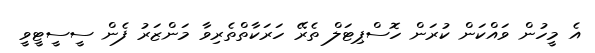
އެ މީހުން ވައްކަން ކުރަން ހޮސްޕިޓަލް ތެރޭ ހަރަކާތްތެރިވާ މަންޒަރު ފެން ސީސީޓީވީ